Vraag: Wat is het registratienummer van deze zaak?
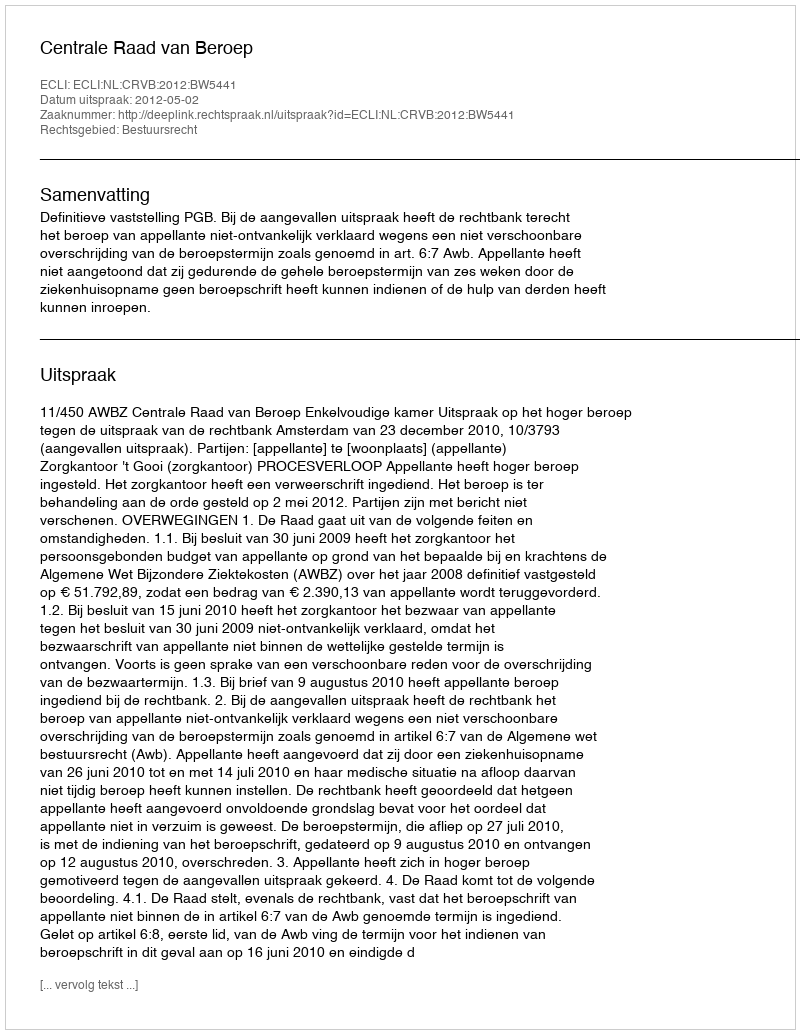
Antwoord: http://deeplink.rechtspraak.nl/uitspraak?id=ECLI:NL:CRVB:2012:BW5441